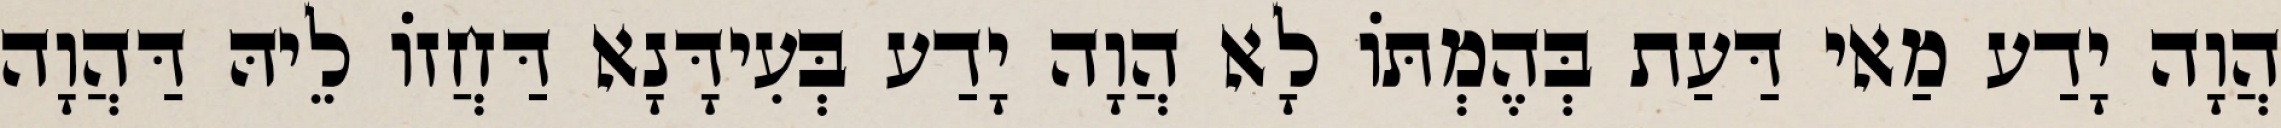
הֲוָה יָדַע מַאי דַּעַת בְּהֶמְתּוֹ לָא הֲוָה יָדַע בְּעִידָּנָא דַּחֲזוֹ לֵיהּ דַּהֲוָה